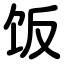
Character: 饭